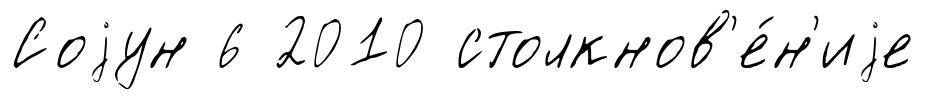
Соjун 6 2010 столкнов'е́н'иjе